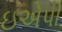
ઇએપી